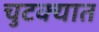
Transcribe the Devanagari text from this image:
चुटक्यात